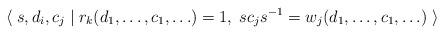
LaTeX: \begin{align*}\langle\; s, d_i, c_j \mid r_k(d_1, \ldots ,c_1, \ldots)=1,\; s c_j s^{-1} = w_j(d_1, \ldots ,c_1, \ldots) \;\rangle\end{align*}